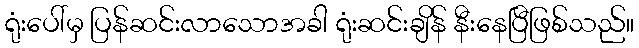
ရုံးပေါ်မှ ပြန်ဆင်းလာသောအခါ ရုံးဆင်းချိန် နီးနေပြီဖြစ်သည်။